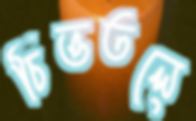
চিত্ততলে